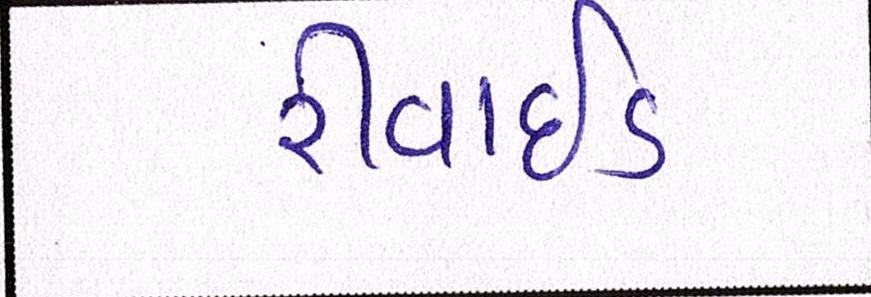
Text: રીવાઇડ